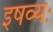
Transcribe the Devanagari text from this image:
इषव्यः